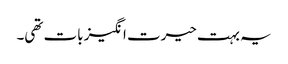
یہ بہت حیرت انگیز بات تھی۔